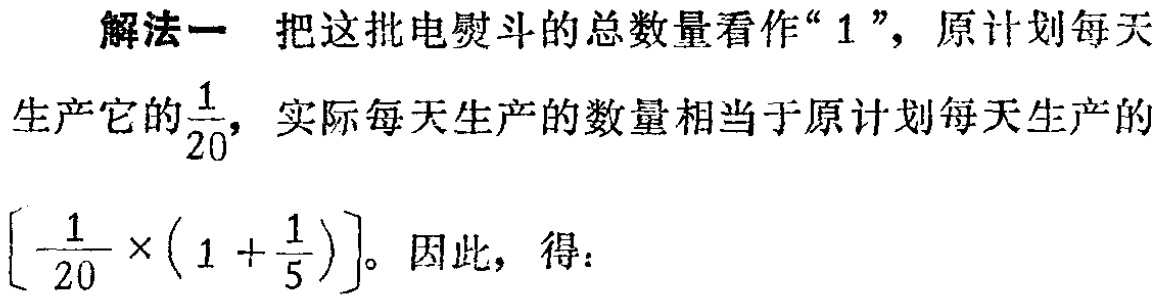
解法一 把这批电熨斗的总数量看作“$1$”，原计划每天生产它的$\frac{1}{20}$，实际每天生产的数量相当于原计划每天生产的$\left[\frac{1}{20} \times\left(1+\frac{1}{5}\right)\right]$。因此，得：